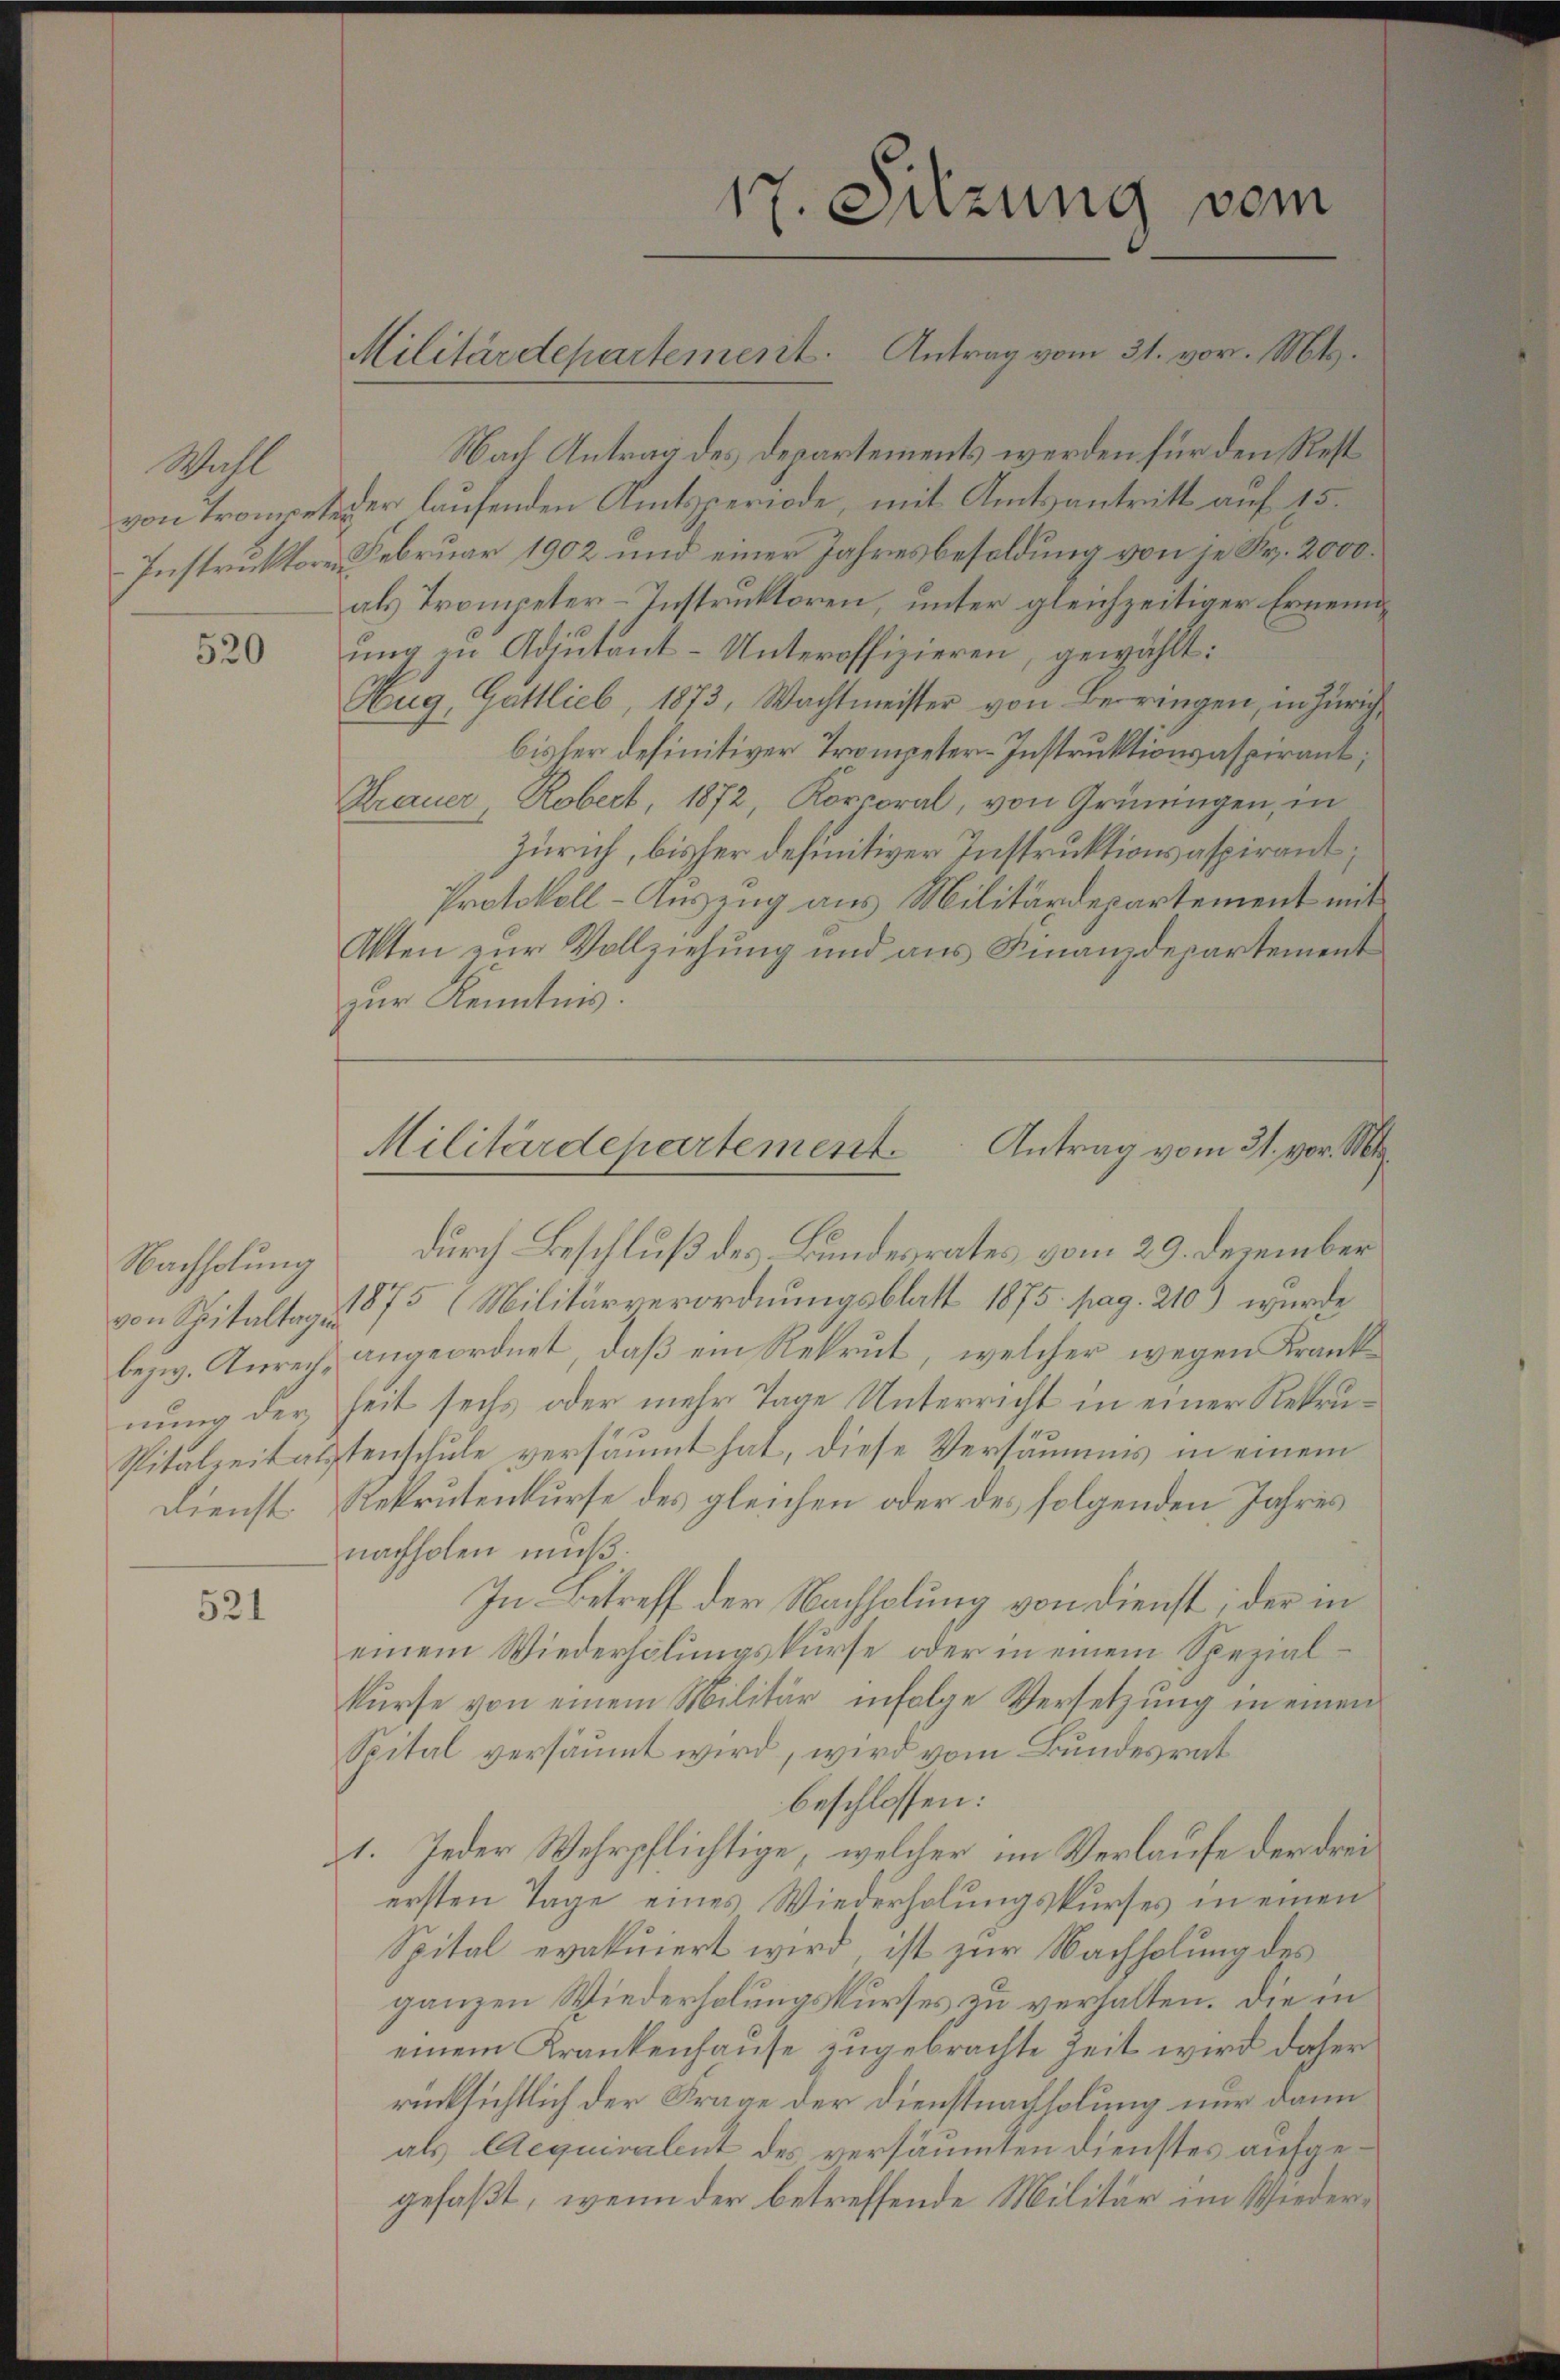
Wahl
-Instruktore.

520

Nachholung
nung der

521

17. Sitzung vom
Militärdepartement. Antrag vom 31. vor. Mt.

Nach Antrag des Departements werden für den Rest
von Trompeter laufenden Amtsperiode, mit Amtsantritt auf 15.
Februar 1902 und einer Jahresbesoldung von je Fr. 2000.
als Trompeter-Instruktoren, unter gleichzeitiger Ernennung zu Adjutant-Unteroffizieren, gewählt:
Aug, Gattlieb, 1873, Wachtmeister von Berringen, in Zürich,
bisher definitiver Trompeter-Instruktionsaspirant,
Krauer, Robert, 1872, Korporal, von Grüningen, in
Zürich, bisher definitiver Instruktionsaspirant;
Protokoll-Auszug aus Militärdepartement mit
Akten zur Vollziehung und aus Finanzdepartement
zur Kenntnis.
durch Beschluß des Bundesrates vom 29. Dezember
von Spitaltag 1875 (Militärverordnungsblatt 1875. pag. 210) wurde
bezw. Anrecht angeordnet, daß ein Rekrut, welcher wegen Krankseit sechs oder mehr Tage Unterricht in einer Rekru¬
Spitalzeitalstenschule versäumt hat, diese Versäumnis in einem
Dienst Rekrutenkurse des gleichen oder des folgenden Jahres
nachholen muß.
In Betreff der Nachholung von dienst; der in
einem Wiederholungskurse oder in einem Spezialkurse von einem Militär infolge Versetzung in einen
Spital versäumt wird, wird vom Bundesrat
beschlossen:
1. Jeder Wehrpflichtige, welcher im Verlaufe der dreiersten Tage eines Wiederholungskurses in einen
Spital evakuiert wird, ist zur Nachholung des
ganzen Wiederholungskurses zu verhalten. Die in
einem Krankenhause zugebrachte Zeit wird daher
rücksichtlich der Frage der Dienstnachholung nur dann
als Aequivalent des versäumten Dienstes aufgegefaßt, wenn der betreffende Militär im Wieder¬

Militärdepartement. Antrag vom 31. vor. Mts.